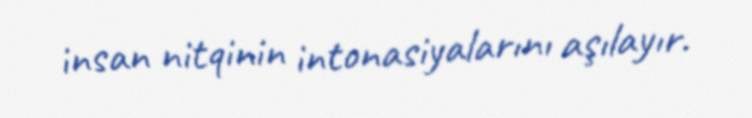
insan nitqinin intonasiyalarını aşılayır.